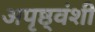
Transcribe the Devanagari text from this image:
अपृष्ठ्वंशी